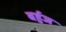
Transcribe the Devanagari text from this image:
बर्हुज